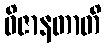
ဝိဇာနတာတိ